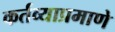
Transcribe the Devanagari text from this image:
कर्तव्याप्रमाणे